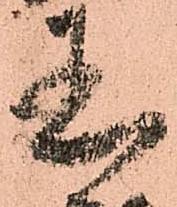
玉